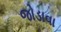
જોડાવા